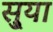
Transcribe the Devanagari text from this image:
सु्या